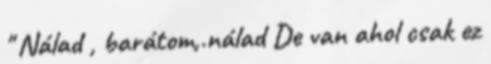
" Nálad , barátom,.nálad De van ahol csak ez